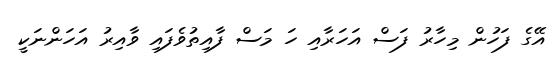
އޭގެ ފަހުން މިހާރު ފަސް އަހަރާއި ހަ މަސް ފާއިތުވެފައި ވާއިރު އަހަންނަކީ